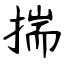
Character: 揣